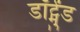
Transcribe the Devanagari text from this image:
डॉर्ट्मुंड